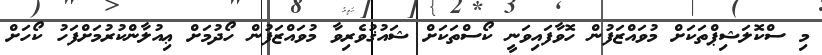
މި ސްކޮލަޝިޕްތަކަށް މުވައްޒަފުން ހޮވާފައިވަނީ ކޯސްތަކަށް ޝައުޤުވެރިވާ މުވައްޒަފުން ހޯދުމަށް ޢިއުލާންކުރުމަށްފަހު ކޯހަށް